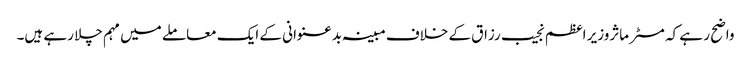
واضح ر ہے کہ مسٹر ماثروزیر اعظم نجیب رزاق کے خلاف مبینہ بدعنوانی کے ایک معاملے میں مہم چلا رہے ہیں۔